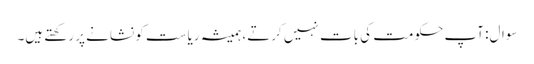
سوال: آپ حکومت کی بات نہیں کرتے، ہمیشہ ریاست کو نشانے پر رکھتے ہیں۔